65_HS1-834228961_62-HQ-83894_Section_8
Agency: FBI
Page 180
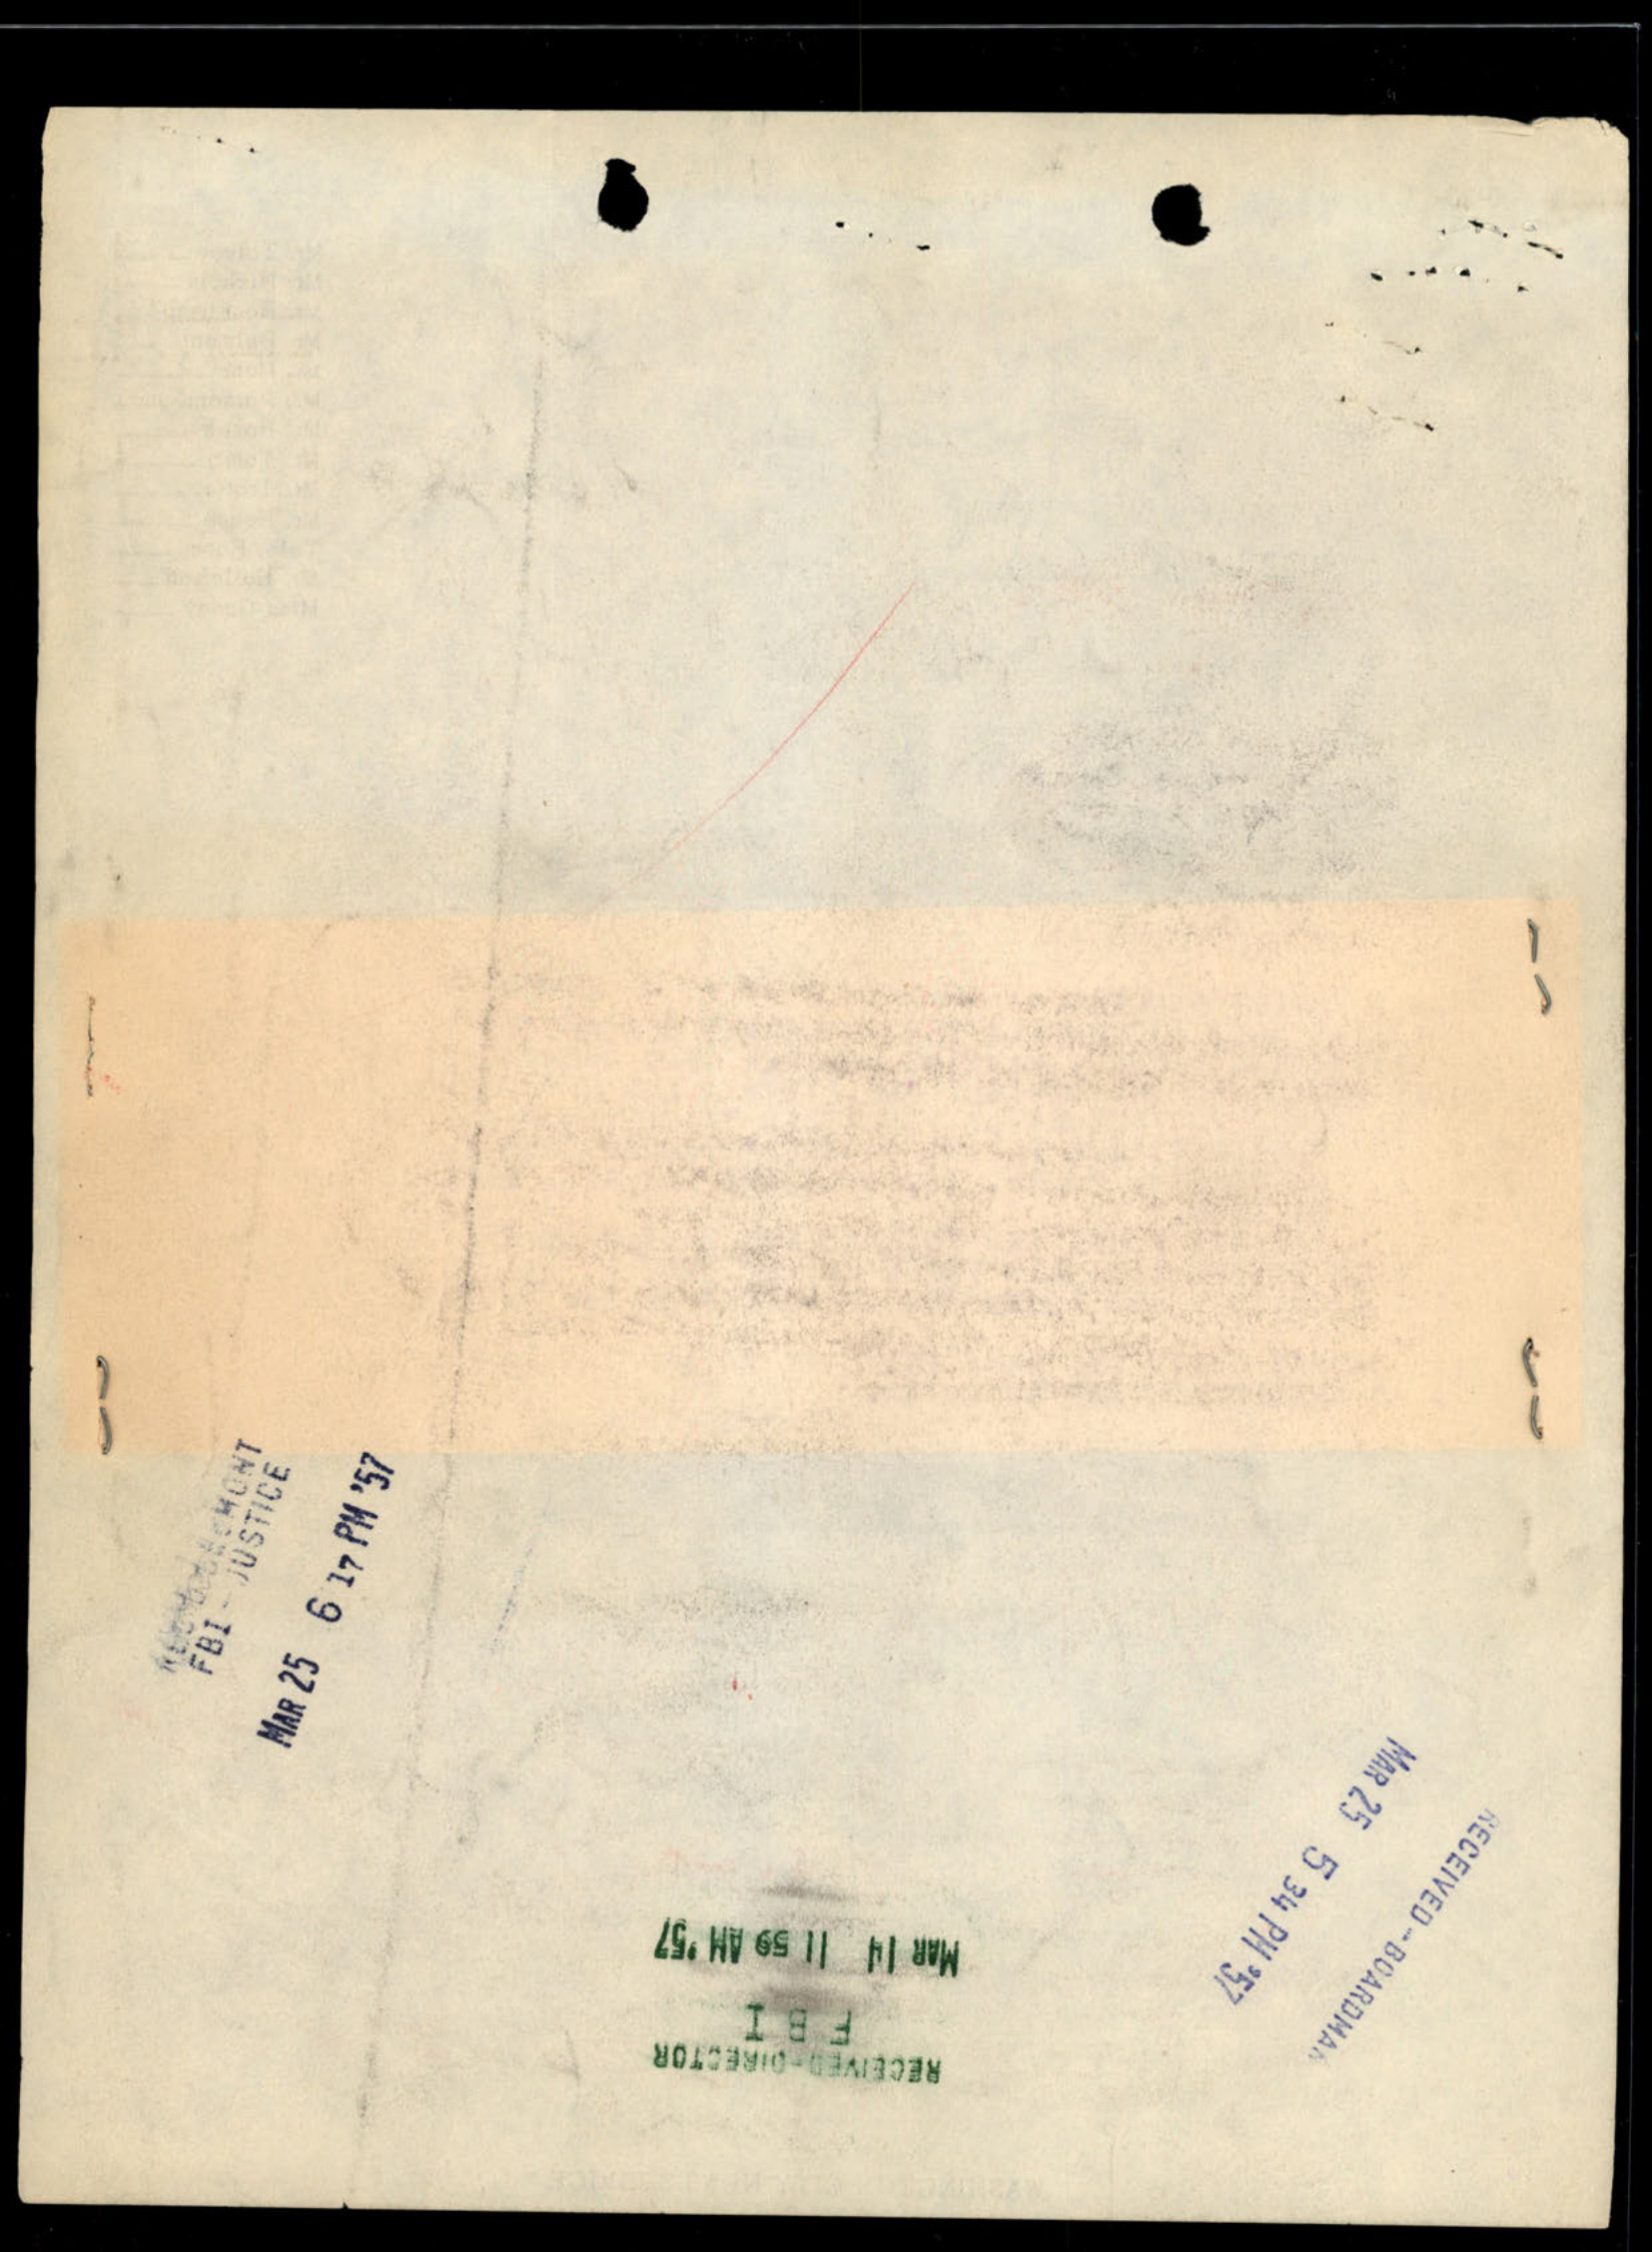